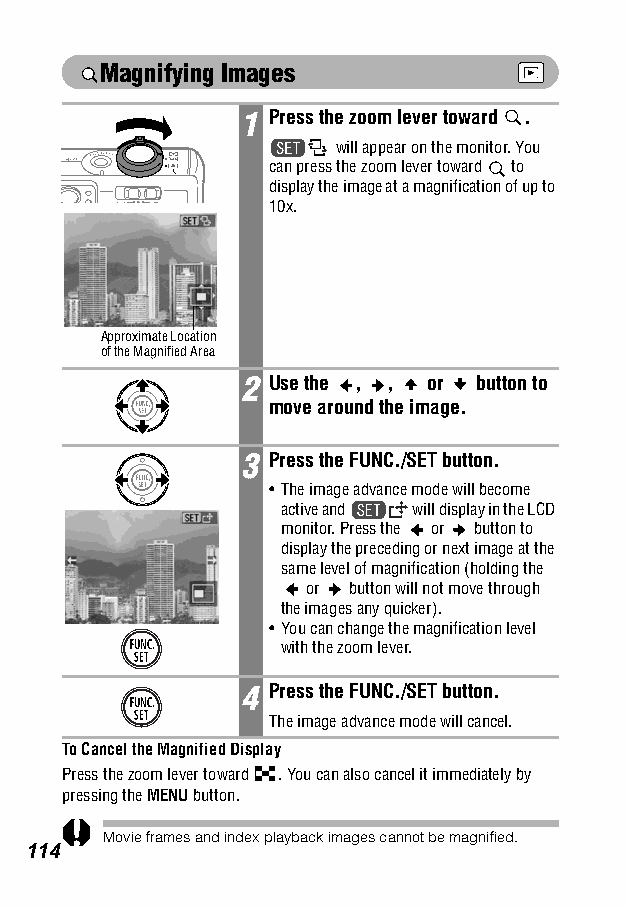
Magnifying Images
 1 Press the zoom lever toward .
 will appear on the monitor. You
 can press the zoom lever toward to
 display the image at a magnification of up to
 10x.
 Approximate Location
 of the Magnified Area
 2 Use the , , or button to
 move around the image.
 3 Press the FUNC./SET button.
 •The image advance mode will become
 active and will display in the LCD
 monitor. Press the or button to
 display the preceding or next image at the
 same level of magnification (holding the
 or button will not move through
 the images any quicker).
 •You can change the magnification level
 with the zoom lever.
 4 Press the FUNC./SET button.
 The image advance mode will cancel.
 To Cancel the Magnified Display
 Press the zoom lever toward . You can also cancel it immediately by
 pressing the MENU button.
 Movie frames and index playback images cannot be magnified.
 114